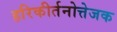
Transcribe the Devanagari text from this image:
हरिकीर्तनोत्तेजक